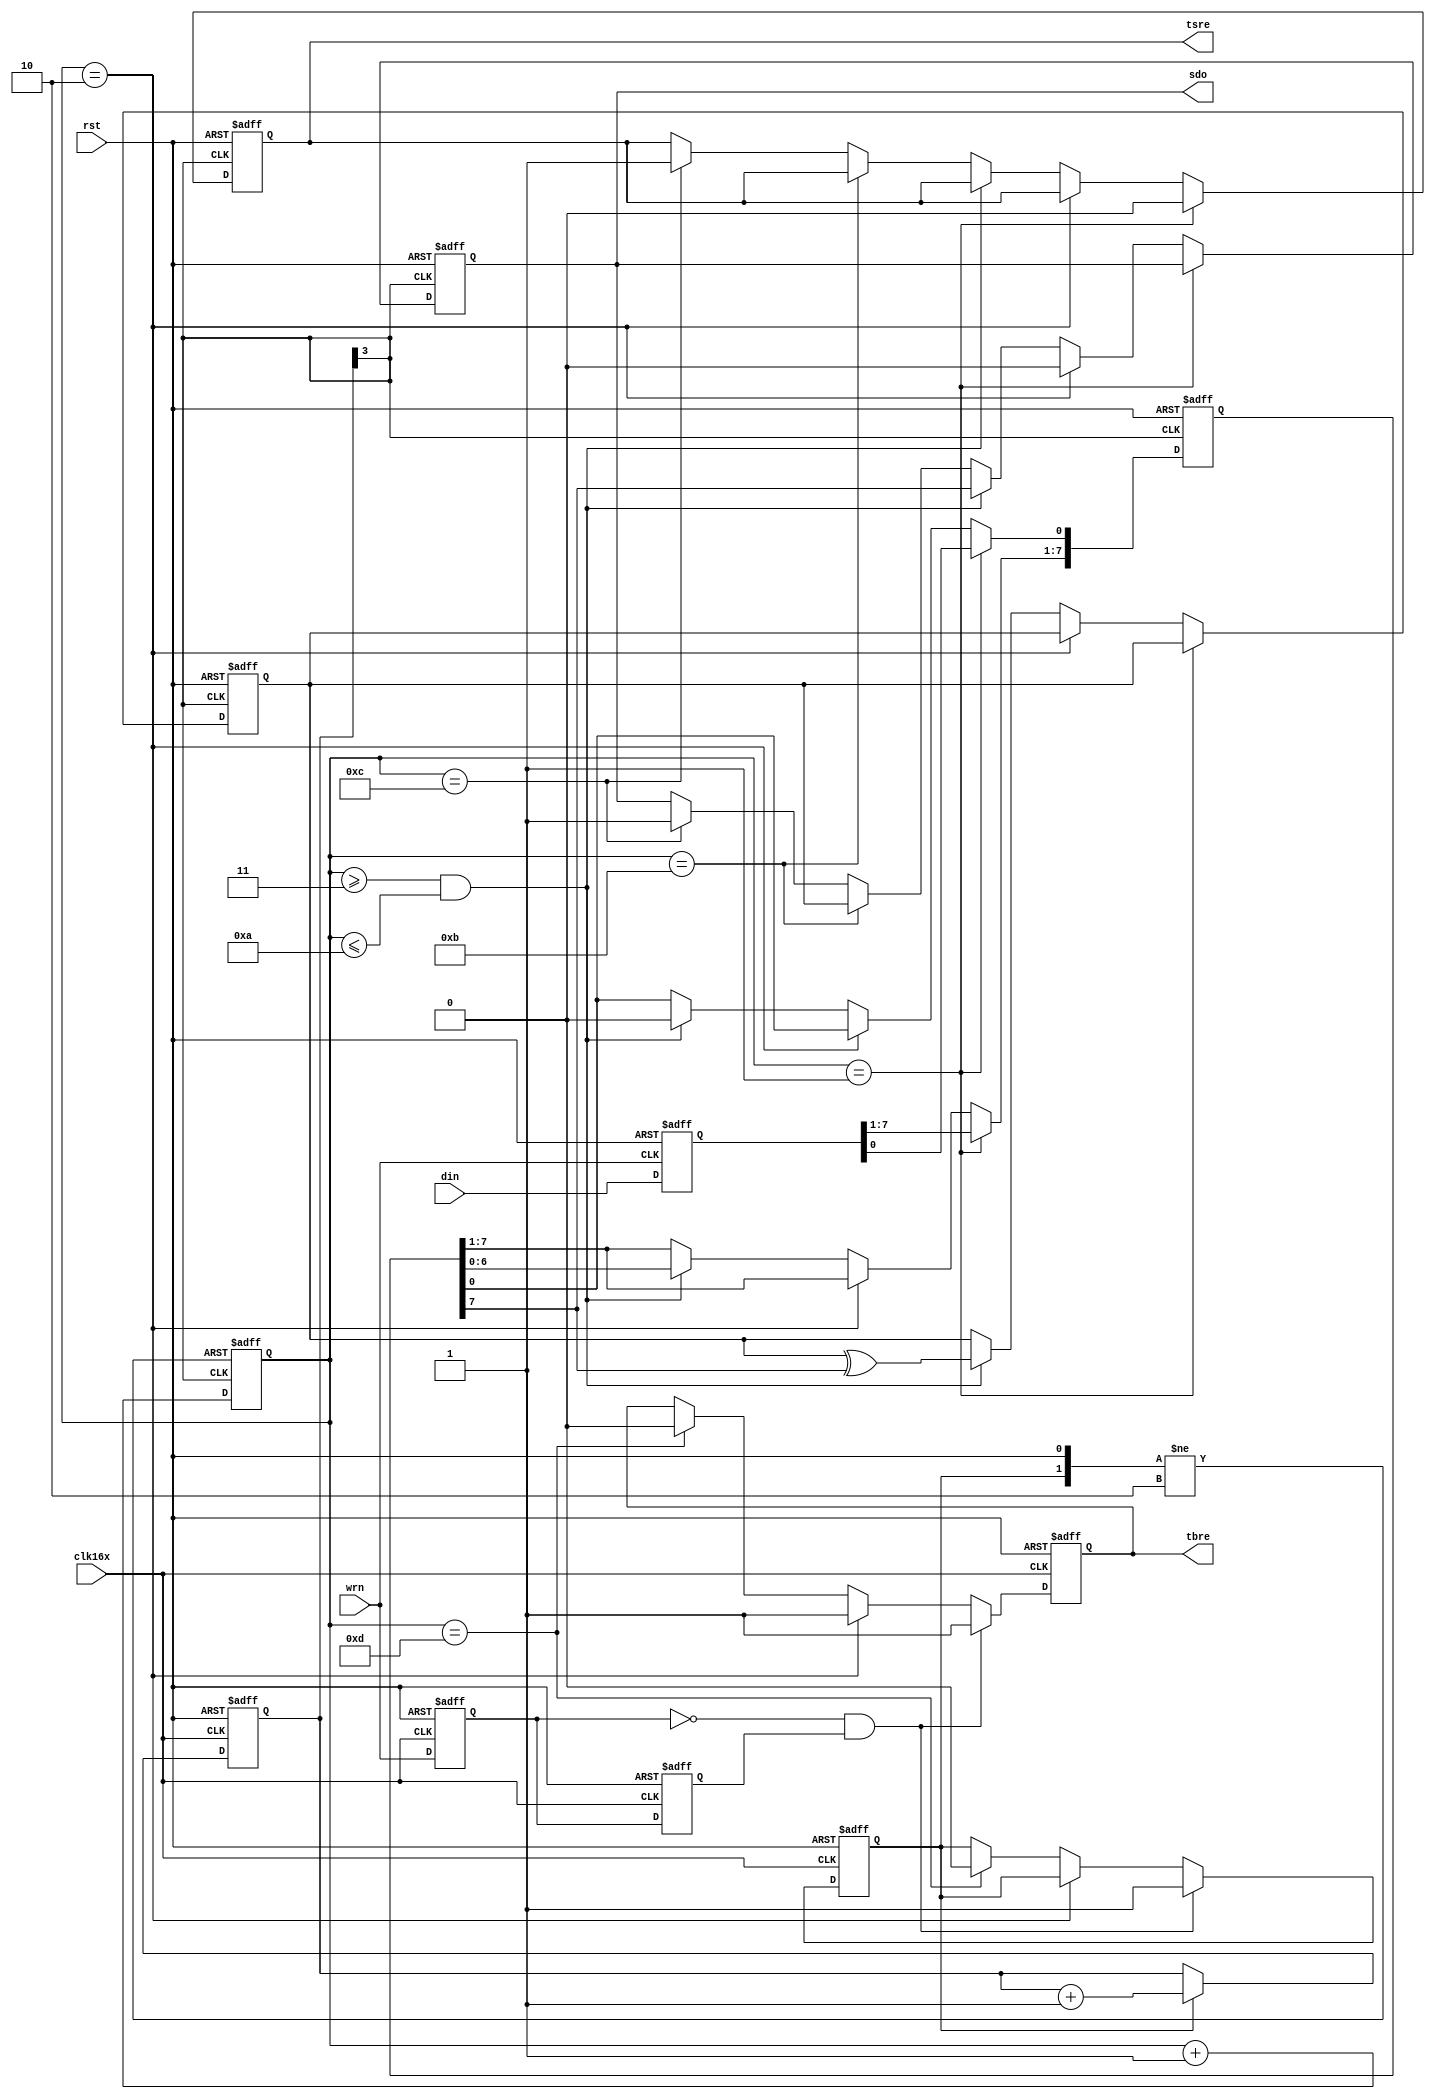
/******************************************************************************
*
*      Version:  1.1
*        Model:  Uart Chip
*
*      Company:  Xilinx
*
*
*   Disclaimer:  THESE DESIGNS ARE PROVIDED "AS IS" WITH NO WARRANTY 
*                WHATSOEVER AND XILINX SPECIFICALLY DISCLAIMS ANY 
*                IMPLIED WARRANTIES OF MERCHANTABILITY, FITNESS FOR
*                A PARTICULAR PURPOSE, OR AGAINST INFRINGEMENT.
*
*                Copyright (c) 2000 Xilinx, Inc.
*                All rights reserved
*
******************************************************************************/

`timescale 1 ns / 1 ns

module txmit (din,tbre,tsre,rst,clk16x,wrn,sdo) ;

output tbre ;
output tsre ;
output sdo ;
input [7:0] din ;
input rst ;
input clk16x ;
input wrn ;

reg tbre ;
reg tsre ;
reg clk1x_enable ;
reg [7:0] tsr ;
reg [7:0] tbr ;

reg parity ;

reg[3:0] clkdiv ;
wire clk1x ;
reg sdo ;
reg [3:0] no_bits_sent ;
reg wrn1 ;
reg wrn2 ;

always @(posedge clk16x or posedge rst)
begin
if (rst)
begin
wrn1 <= 1'b1 ;
wrn2 <= 1'b1 ;
end
else 
begin
wrn1 <= wrn ;
wrn2 <= wrn1 ;
end
end

always @(posedge clk16x or posedge rst)
begin
if (rst)
begin
tbre <= 1'b0 ;
clk1x_enable <= 1'b0 ;
end
else if (!wrn1 && wrn2) 
begin
clk1x_enable <= 1'b1 ;
tbre <= 1'b1 ;
end
else if (no_bits_sent == 4'b0010)
tbre <= 1'b1 ;
else if (no_bits_sent == 4'b1101)
begin
clk1x_enable <= 1'b0 ;
tbre <= 1'b0 ;
end
end

always @(negedge wrn or posedge rst)
begin
if (rst)
tbr = 8'b0 ;
else
tbr = din ;
end

always @(posedge clk16x or posedge rst)
begin
if (rst)
clkdiv = 4'b0 ; 
else if (clk1x_enable)
clkdiv = clkdiv + 1 ;
end

assign clk1x = clkdiv[3] ;

always @(negedge clk1x or posedge rst)
if (rst)
begin
sdo <= 1'b1 ;
tsre <= 1'b1 ;
parity <= 1'b1 ;
tsr <= 8'b0 ;
end
else
begin
if (no_bits_sent == 4'b0001)
begin
tsr <= tbr ;
tsre <= 1'b0 ;
end
else if (no_bits_sent == 4'b0010)
begin
sdo <= 1'b0 ;
end
else
if ((no_bits_sent >= 4'b0011) && (no_bits_sent <= 4'b1010))
begin
tsr[7:1] <= tsr[6:0] ;
tsr[0] <= 1'b0 ;
sdo <= tsr[7] ;
parity <= parity ^ tsr[7] ;
end
else if (no_bits_sent == 4'b1011)
begin
sdo <= parity ;
end
else if (no_bits_sent == 4'b1100)
begin
sdo <= 1'b1 ;
tsre <= 1'b1 ;
end

end

always @(posedge clk1x or posedge rst or negedge clk1x_enable)

if (rst) 
no_bits_sent = 4'b0000 ;
else if (!clk1x_enable)
no_bits_sent = 4'b0000 ;
else
no_bits_sent = no_bits_sent + 1 ;

endmodule